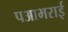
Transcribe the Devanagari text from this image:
पआभराई